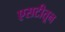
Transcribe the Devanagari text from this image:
एसटीतून